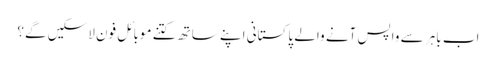
اب باہر سے واپس آنے والے پاکستانی اپنے ساتھ کتنے موبائل فون لاسکیں گے؟